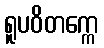
ရူပဝိတက္ကေ